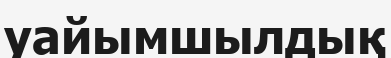
уайымшылдық